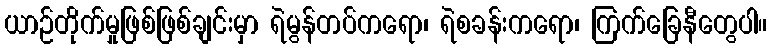
ယာဉ်တိုက်မှုဖြစ်ဖြစ်ချင်းမှာ ရဲမွန်တပ်ကရော၊ ရဲစခန်းကရော၊ ကြက်ခြေနီတွေပါ။